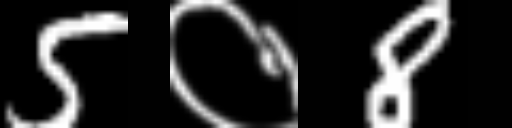
Text: 5०8